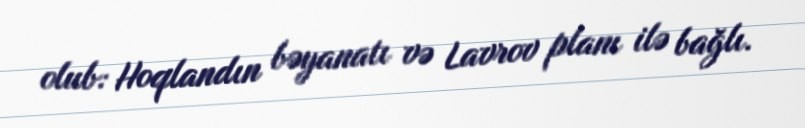
olub: Hoqlandın bəyanatı və Lavrov planı ilə bağlı.